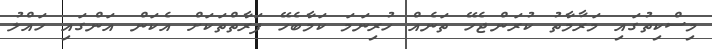
މިސްކިތުގައި މަރާމާތު ކުރަންޖެހޭ ތަނެއް ހުރިނަމަ ކަމާބެހޭ ފަރާތްތަކަށް އެކަން އަންގައި ހައްލު